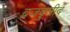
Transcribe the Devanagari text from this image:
ब्रजबुलीद